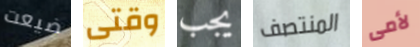
ضيعت وقتى يجب المنتصف لأمى